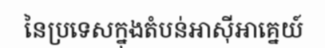
នៃប្រទេសក្នុងតំបន់អាស៊ីអាគ្នេយ៍